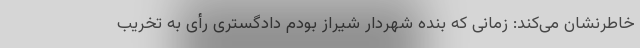
خاطرنشان می‌کند: زمانی که بنده شهردار شیراز بودم دادگستری رأی به تخریب